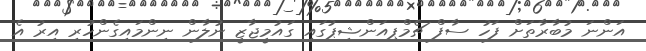
އަންނަ މުބާރާތަށް ފަހު ސާފް ޗެމްޕިއަންޝިޕުގައި ގައުމީޖާޒީ ނުލާން ނިންމައިގެންހުރި އިރު އެ